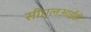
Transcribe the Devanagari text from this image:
सीएलआईडी